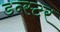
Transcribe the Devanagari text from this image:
डन्स्टर